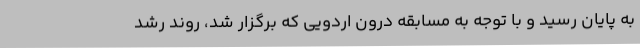
به پایان رسید و با توجه به مسابقه درون اردویی که برگزار شد، روند رشد